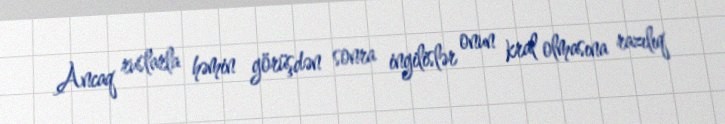
Ancaq ruslarla həmin görüşdən sonra ingilislər onun kral olmasına razılıq